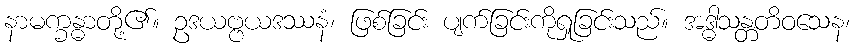
နာမက္ခန္ဓာတို့၏။ ဥဒယဗ္ဗယဒဿနံ၊ ဖြစ်ခြင်း ပျက်ခြင်းကိုရှုခြင်းသည်။ အဒ္ဓါသန္တတိဝသေန၊